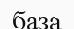
база